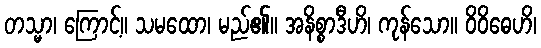
တသ္မာ၊ ကြောင့်။ သမထော၊ မည်၏။ အနိစ္စာဒီဟိ၊ ကုန်သော။ ဝိဝိဓေဟိ၊